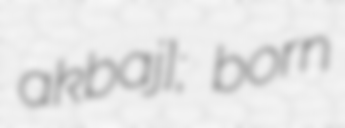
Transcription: akˈbaj]; born